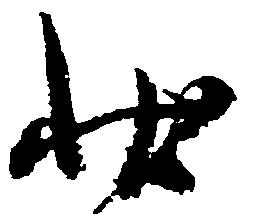
状